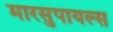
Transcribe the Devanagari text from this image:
मारसुपायल्स